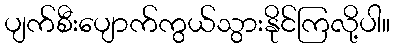
ပျက်စီးပျောက်ကွယ်သွားနိုင်ကြလို့ပါ။